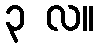
၃ လ။